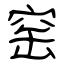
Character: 窑